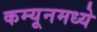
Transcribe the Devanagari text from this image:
कम्यूनमध्ये